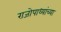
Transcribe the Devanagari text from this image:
राजोपाध्यांच्या